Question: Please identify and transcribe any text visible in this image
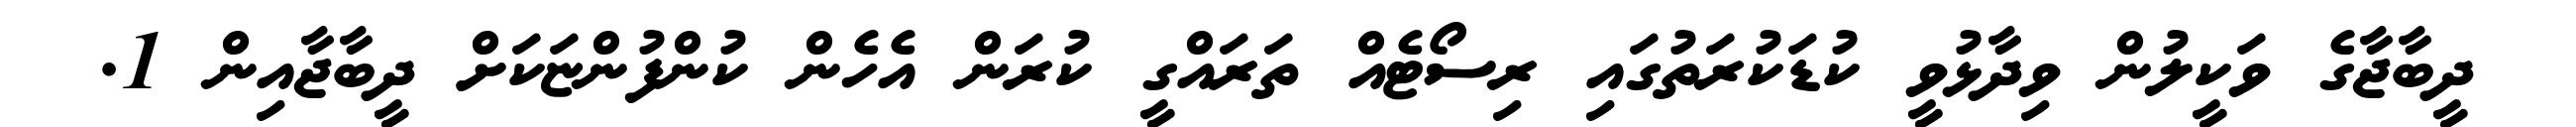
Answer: ދީބާޖާގެ ވަކީލުން ވިދާޅުވީ ކުޑަކުރަތުގައި ރިސޯޓެއް ތަރައްގީ ކުރަން އެހެން ކުންފުންޏަކަށް ދީބާޖާއިން 1.